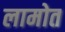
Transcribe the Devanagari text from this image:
लामोत